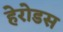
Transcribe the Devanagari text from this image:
हेरोडस